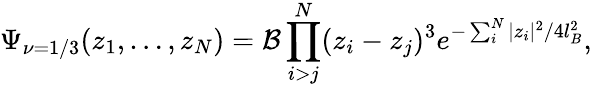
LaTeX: \Psi_{\nu=1/3}(z_{1},\dots,z_{N})={\cal{B}}\prod_{i>j}^{N}(z_{i}-z_{j})^{3}e^{-\sum_{i}^{N}|z_{i}|^{2}/4l_{B}^{2}},